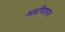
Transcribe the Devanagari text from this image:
अडविताना